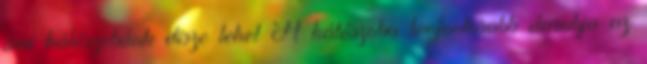
ami hálószobánk dísze lehet A hálószoba legfontosabb darabja az